Medical and sanitary report of the native army of Bengal for the year
Year: 1874
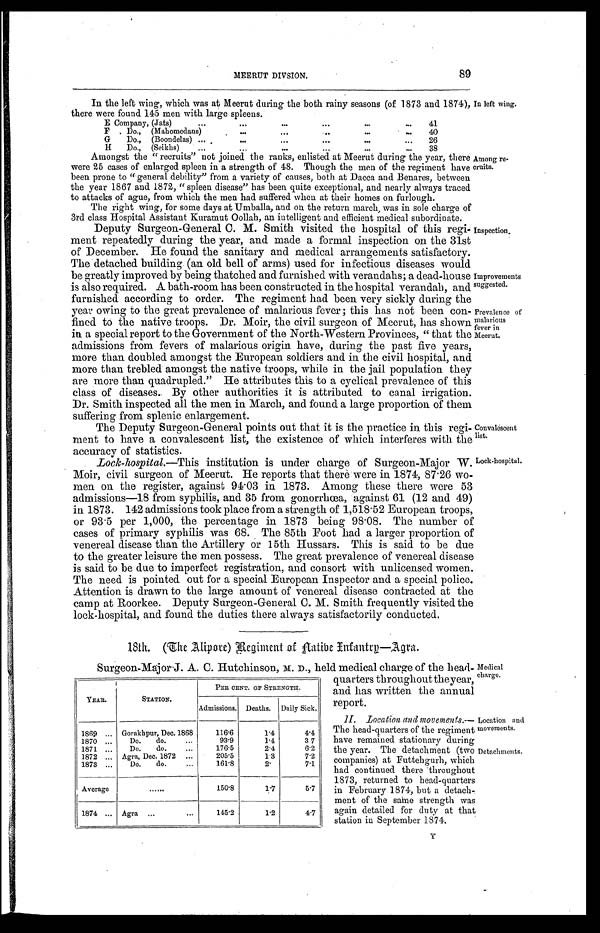
Inspection.
Improvements
suggested.
Prevalence of
malarious
fever in
Meerut.
Convalescent
list.
89
MEERUT DIVSION.
In the left wing, which was at Meerut during the both rainy seasons (of 1873 and 1874),
In left wing. there were found 145 men with large spleens.
E Company, (Jats) . . .
41
F Do.,
(Mahomedans) . . .
40
G Do., (Boondelas) . . .
26
H
Do., (Seikhs) . . .
38
In left wing.
Amongst the "recruits" not joined the ranks, enlisted at Meerut during the year, there
were 25 cases of enlarged spleen in a strength of 48. Though the men of the regiment have
been prone to "general debility" from a variety of causes, both at Dacca and Benares, between
the year 1867 and 1872, "spleen disease" has been quite exceptional, and nearly always traced
to attacks of ague, from which the men had suffered when at their homes on furlough.
The right wing, tor some days at Umballa, and on the return march, was in sole charge of
3rd class Hospital Assistant Kuramut Oollah, an intelligent and efficient medical subordinate.
Among re
-cruits.
Deputy Surgeon-General C. M. Smith visited the hospital of this regi
-ment repeatedly during the year, and made a formal inspection on the 31st
of December. He found the sanitary and medical arrangements satisfactory.
The detached building (an old bell of arms) used for infectious diseases would
be greatly improved by being thatched and furnished with verandahs; a dead-house
is also required. A bath-room has been constructed in the hospital verandah, and
furnished according to order. The regiment had been very sickly during the
year owing to the great prevalence of malarious fever ; this has not been con
-fined to the native troops. Dr. Moir, the civil surgeon of Meerut, has shown
in a special report to the Government of the North-Western Provinces, " that the
admissions from fevers of malarious origin have, during the past five years,
more than doubled amongst the European soldiers and in the civil hospital, and
more than trebled amongst the native troops, while in the jail population they
are more than quadrupled." He attributes this to a cyclical prevalence of this
class of diseases. By other authorities it is attributed to canal irrigation.
Dr. Smith inspected all the men in March, and found a large proportion of them
suffering from splenic enlargement.
The Deputy Surgeon-General points out that it is the practice in this regi
-ment to have a convalescent list, the existence of which interferes with the
accuracy of statistics.
Lock-hospital.
Lock-hospital .—This institution is under charge of Surgeon-Major W.
Moir, civil surgeon of Meerut. He reports that there were in 1874, 87.26 wo
-men on the register, against 94.03 in 1873. Among these there were 53
admissions—18 from syphilis, and 35 from gonorrhœa, against 61 (12 and 49)
in 1873. 142 admissions took place from a strength of 1,518.52 European troops,
or 93.5 per 1,000, the percentage in 1873 being 98.08. The number of
cases of primary syphilis was 68. The 85th Foot had a larger proportion of
venereal disease than the Artillery or 15th Hussars. This is said to be due
to the greater leisure the men possess. The great prevalence of venereal disease
is said to be due to imperfect registration, and consort with unlicensed women.
The need is pointed out for a special European Inspector and a special police.
Attention is drawn to the large amount of venereal disease contracted at the
camp at Roorkee. Deputy Surgeon-General C. M. Smith frequently visited the
lock-hospital, and found the duties there always satisfactorily conducted.
18th. (The Alipore) Regiment of Aatibe Enfantry—Agra.
Surgeon-Major J. A. C. Hutchinson, M. D ., held medical charge of the head-
quarters throughout the year,
and has written the annual
report.
II. Location and movements.
— T h e h e a d - q u a r t e r s o f t h e r e g i m e n t
have remained stationary during
the year. The detachment (two
companies) at Futtehgurh, which
had continued there throughout
1873, returned to head-quarters
in February 1874, but a detach
- m e n t o f t h e s a m e s t r e n g t h w a s
again detailed for duty at that
station in September 1874.
YEAR.
STATION.
PER CENT. OF STRENGTH.
Admissions. Deaths. Daily Sick.
1869 . . .
Gorakhpur, Dec. 1868
116.6
1.4
4.4
1870 . . .
Do. do. . . .
93.9
1.4
3 7
1871 . . .
Do. do. . . .
176.5
2.4
6.2
1872 . . .
Agra, Dec. 1872 . . .
205.5
1.3
7.2
1873 . . .
Do.
do. . . .
161.8
2.
7.1
Average
. . .
150.8
1 . 7
5.7
1874 . . . Agra . . .
145.2
1.2
4.7
Medical
charge.
Location and
movements.
Detachments.